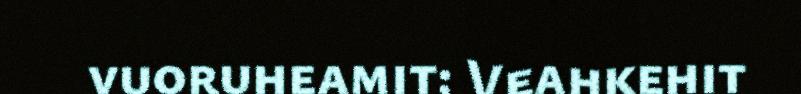
vuoruheamit: Veahkehit